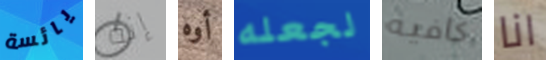
يائسة إنه أوه لجعله كافيه انا